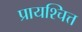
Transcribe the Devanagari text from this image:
प्रायश्‍चित्त